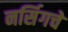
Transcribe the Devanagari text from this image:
नर्सिगचे